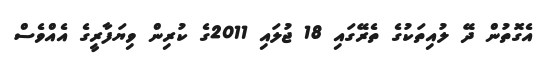
އެގޮތުން ދޭ ލުއިތަކުގެ ތެރޭގައި 18 ޖުލައި 2011ގެ ކުރިން ވިޔަފާރީގެ އެއްވެސް